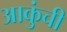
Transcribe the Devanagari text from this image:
आकुंची